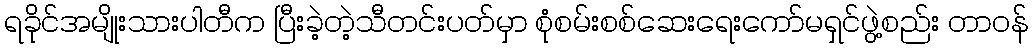
ရခိုင်အမျိုးသားပါတီက ပြီးခဲ့တဲ့သီတင်းပတ်မှာ စုံစမ်းစစ်ဆေးရေးကော်မရှင်ဖွဲ့စည်း တာဝန်